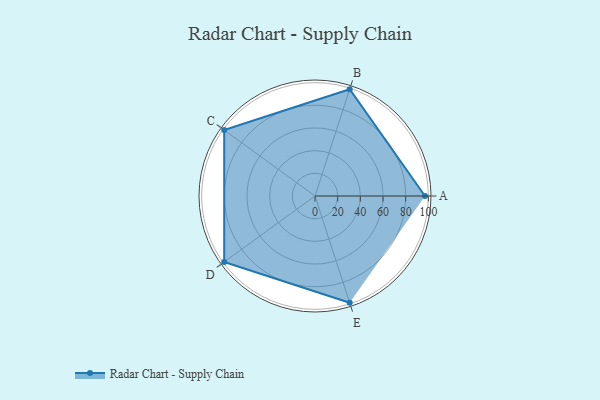
{"axis": {"x": "Skill", "y": "Score"}, "legend": ["Profile"], "data": [{"x": "A", "y": 97.0, "type": "Profile"}, {"x": "B", "y": 99, "type": "Profile"}, {"x": "C", "y": 99, "type": "Profile"}, {"x": "D", "y": 99, "type": "Profile"}, {"x": "E", "y": 99, "type": "Profile"}]}